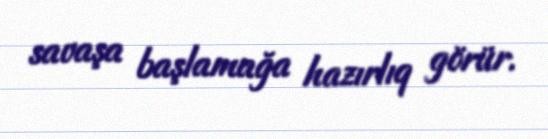
savaşa başlamağa hazırlıq görür.